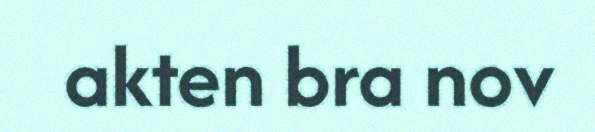
akten bra nov